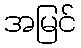
အမြင်